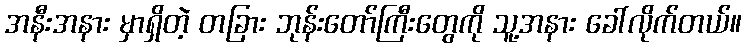
အနီးအနား မှာရှိတဲ့ တခြား ဘုန်းတော်ကြီးတွေကို သူ့အနား ခေါ်လိုက်တယ်။